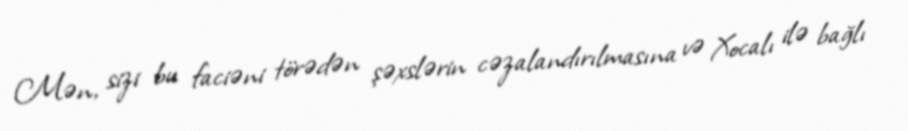
Mən, sizi bu faciəni törədən şəxslərin cəzalandırılmasına və Xocalı ilə bağlı